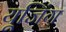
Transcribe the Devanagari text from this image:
यूजिंग